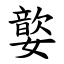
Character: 嬜